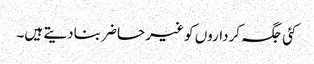
کئی جگہ کرداروں کو غیر حاضر بنادیتے ہیں۔